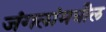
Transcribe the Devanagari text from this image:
जंगलांमधील